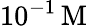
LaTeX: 10^{-1}\, \mathrm{M}